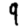
Digit: 9